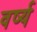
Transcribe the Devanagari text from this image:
वर्ष्य